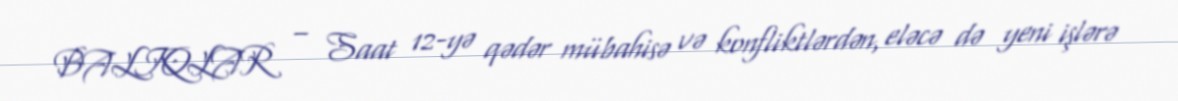
BALIQLAR – Saat 12-yə qədər mübahisə və konfliktlərdən, eləcə də yeni işlərə